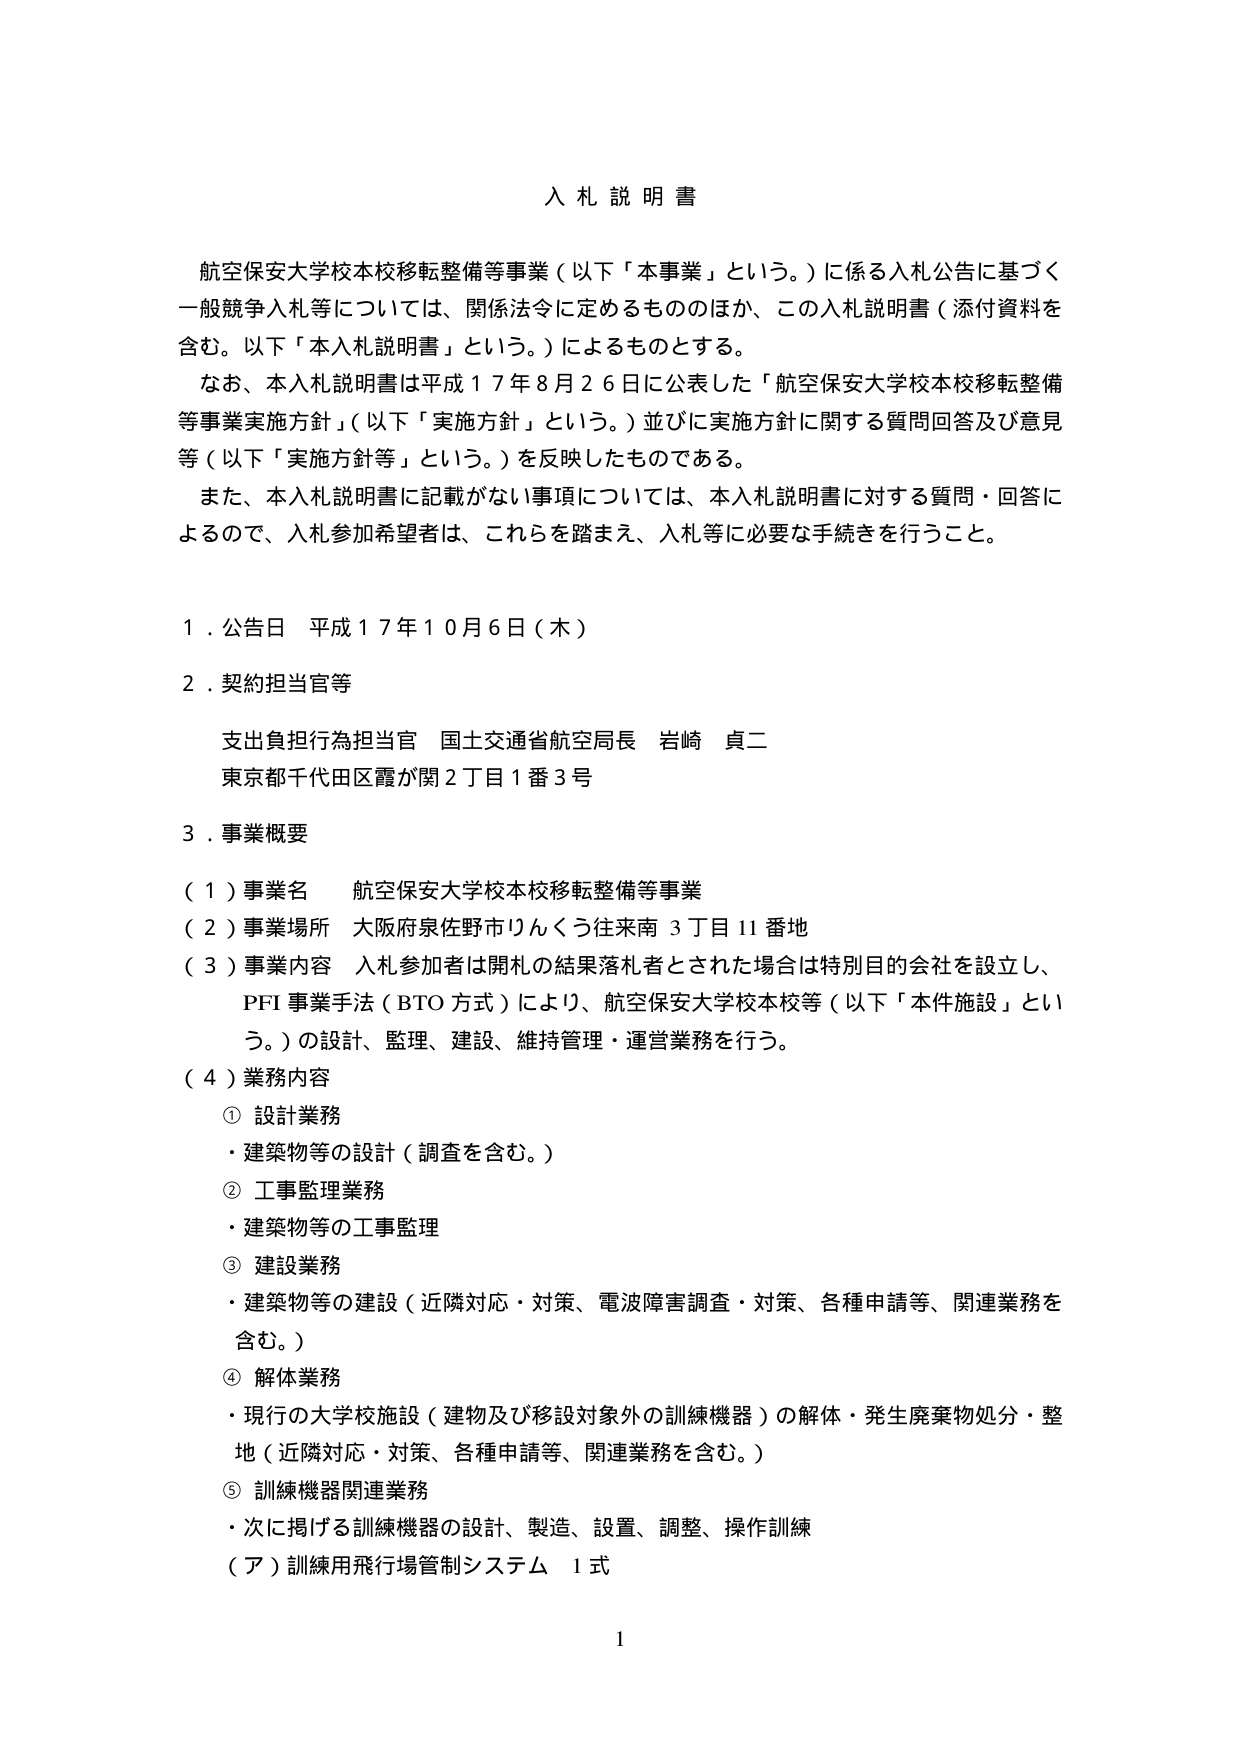
入札説明書

航空保安大学校本校移転整備等事業（以下「本事業」という。）に係る入札公告に基づく一般競争入札等については、関係法令に定めるもののほか、この入札説明書（添付資料を含む。以下「本入札説明書」という。）によるものとする。

なお、本入札説明書は平成１７年８月２６日に公表した「航空保安大学校本校移転整備等事業実施方針」（以下「実施方針」という。）並びに実施方針に関する質問回答及び意見等（以下「実施方針等」という。）を反映したものである。

また、本入札説明書に記載がない事項については、本入札説明書に対する質問・回答によるので、入札参加希望者は、これらを踏まえ、入札等に必要な手続きを行うこと。

１．公告日 平成１７年１０月６日（木）

２．契約担当官等

支出負担行為担当官 国土交通省航空局長 岩崎 貞二
東京都千代田区霞が関２丁目１番３号

３．事業概要

（１）事業名 航空保安大学校本校移転整備等事業
（２）事業場所 大阪府泉佐野市りんくう往来南３丁目11番地
（３）事業内容 入札参加者は開札の結果落札者とされた場合は特別目的会社を設立し、
PFI事業手法（BTO方式）により、航空保安大学校本校等（以下「本件施設」という。）の設計、監理、建設、維持管理・運営業務を行う。
（４）業務内容
① 設計業務
・建築物等の設計（調査を含む。）
② 工事監理業務
・建築物等の工事監理
③ 建設業務
・建築物等の建設（近隣対応・対策、電波障害調査・対策、各種申請等、関連業務を含む。）
④ 解体業務
・現行の大学校施設（建物及び移設対象外の訓練機器）の解体・発生廃棄物処分・整地（近隣対応・対策、各種申請等、関連業務を含む。）
⑤ 訓練機器関連業務
・次に掲げる訓練機器の設計、製造、設置、調整、操作訓練
（ア）訓練用飛行場管制システム 1式

1